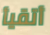
أتقيأ